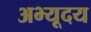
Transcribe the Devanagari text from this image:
अभ्यूदय